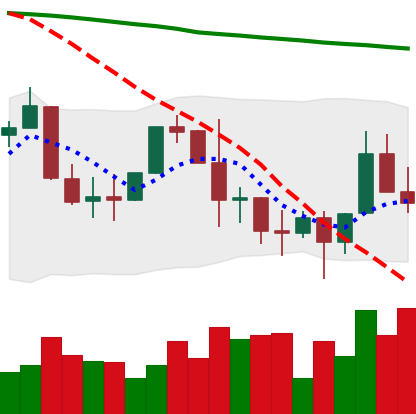
Ticker: XLM-USD
Chart end date: 2022-01-14
Forward return: -7.444%
Label: down_7plus